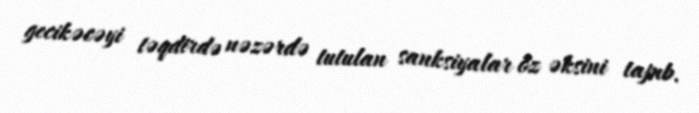
gecikəcəyi təqdirdə nəzərdə tutulan sanksiyalar öz əksini tapıb.